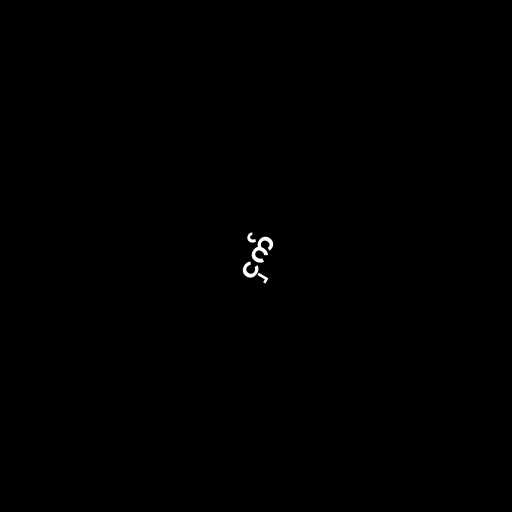
ငှက်